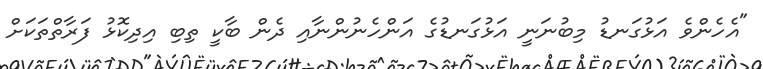
"އެހެންވެ އަޅުގަނޑު މިބުނަނީ އަޅުގަނޑުގެ އަންހެނުންނާއި ދެން ބާކީ ތިބި އިދިކޮޅު ފަރާތްތަކަށް